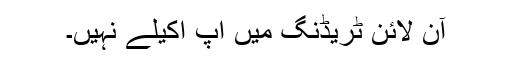
آن لائن ٹریڈنگ میں آپ اکیلے نہیں۔